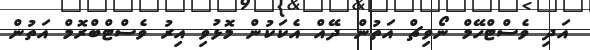
އަދި ވެސްޓްހޭމް ނޯވިޗް އަތުން ދޭއް އެކަކުން މޮޅުވި އިރު ވެސްޓްބްރޮމް އަތުން